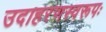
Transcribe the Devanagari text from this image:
उदाहरणस्वरूपः